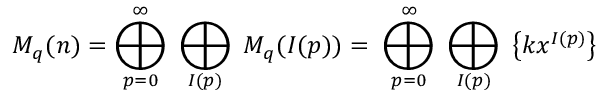
M _ { q } ( n ) = \bigoplus _ { p = 0 } ^ { \infty } \; \bigoplus _ { I ( p ) } \; M _ { q } ( I ( p ) ) = \; \bigoplus _ { p = 0 } ^ { \infty } \; \bigoplus _ { I ( p ) } \; \left\{ k x ^ { I ( p ) } \right\}